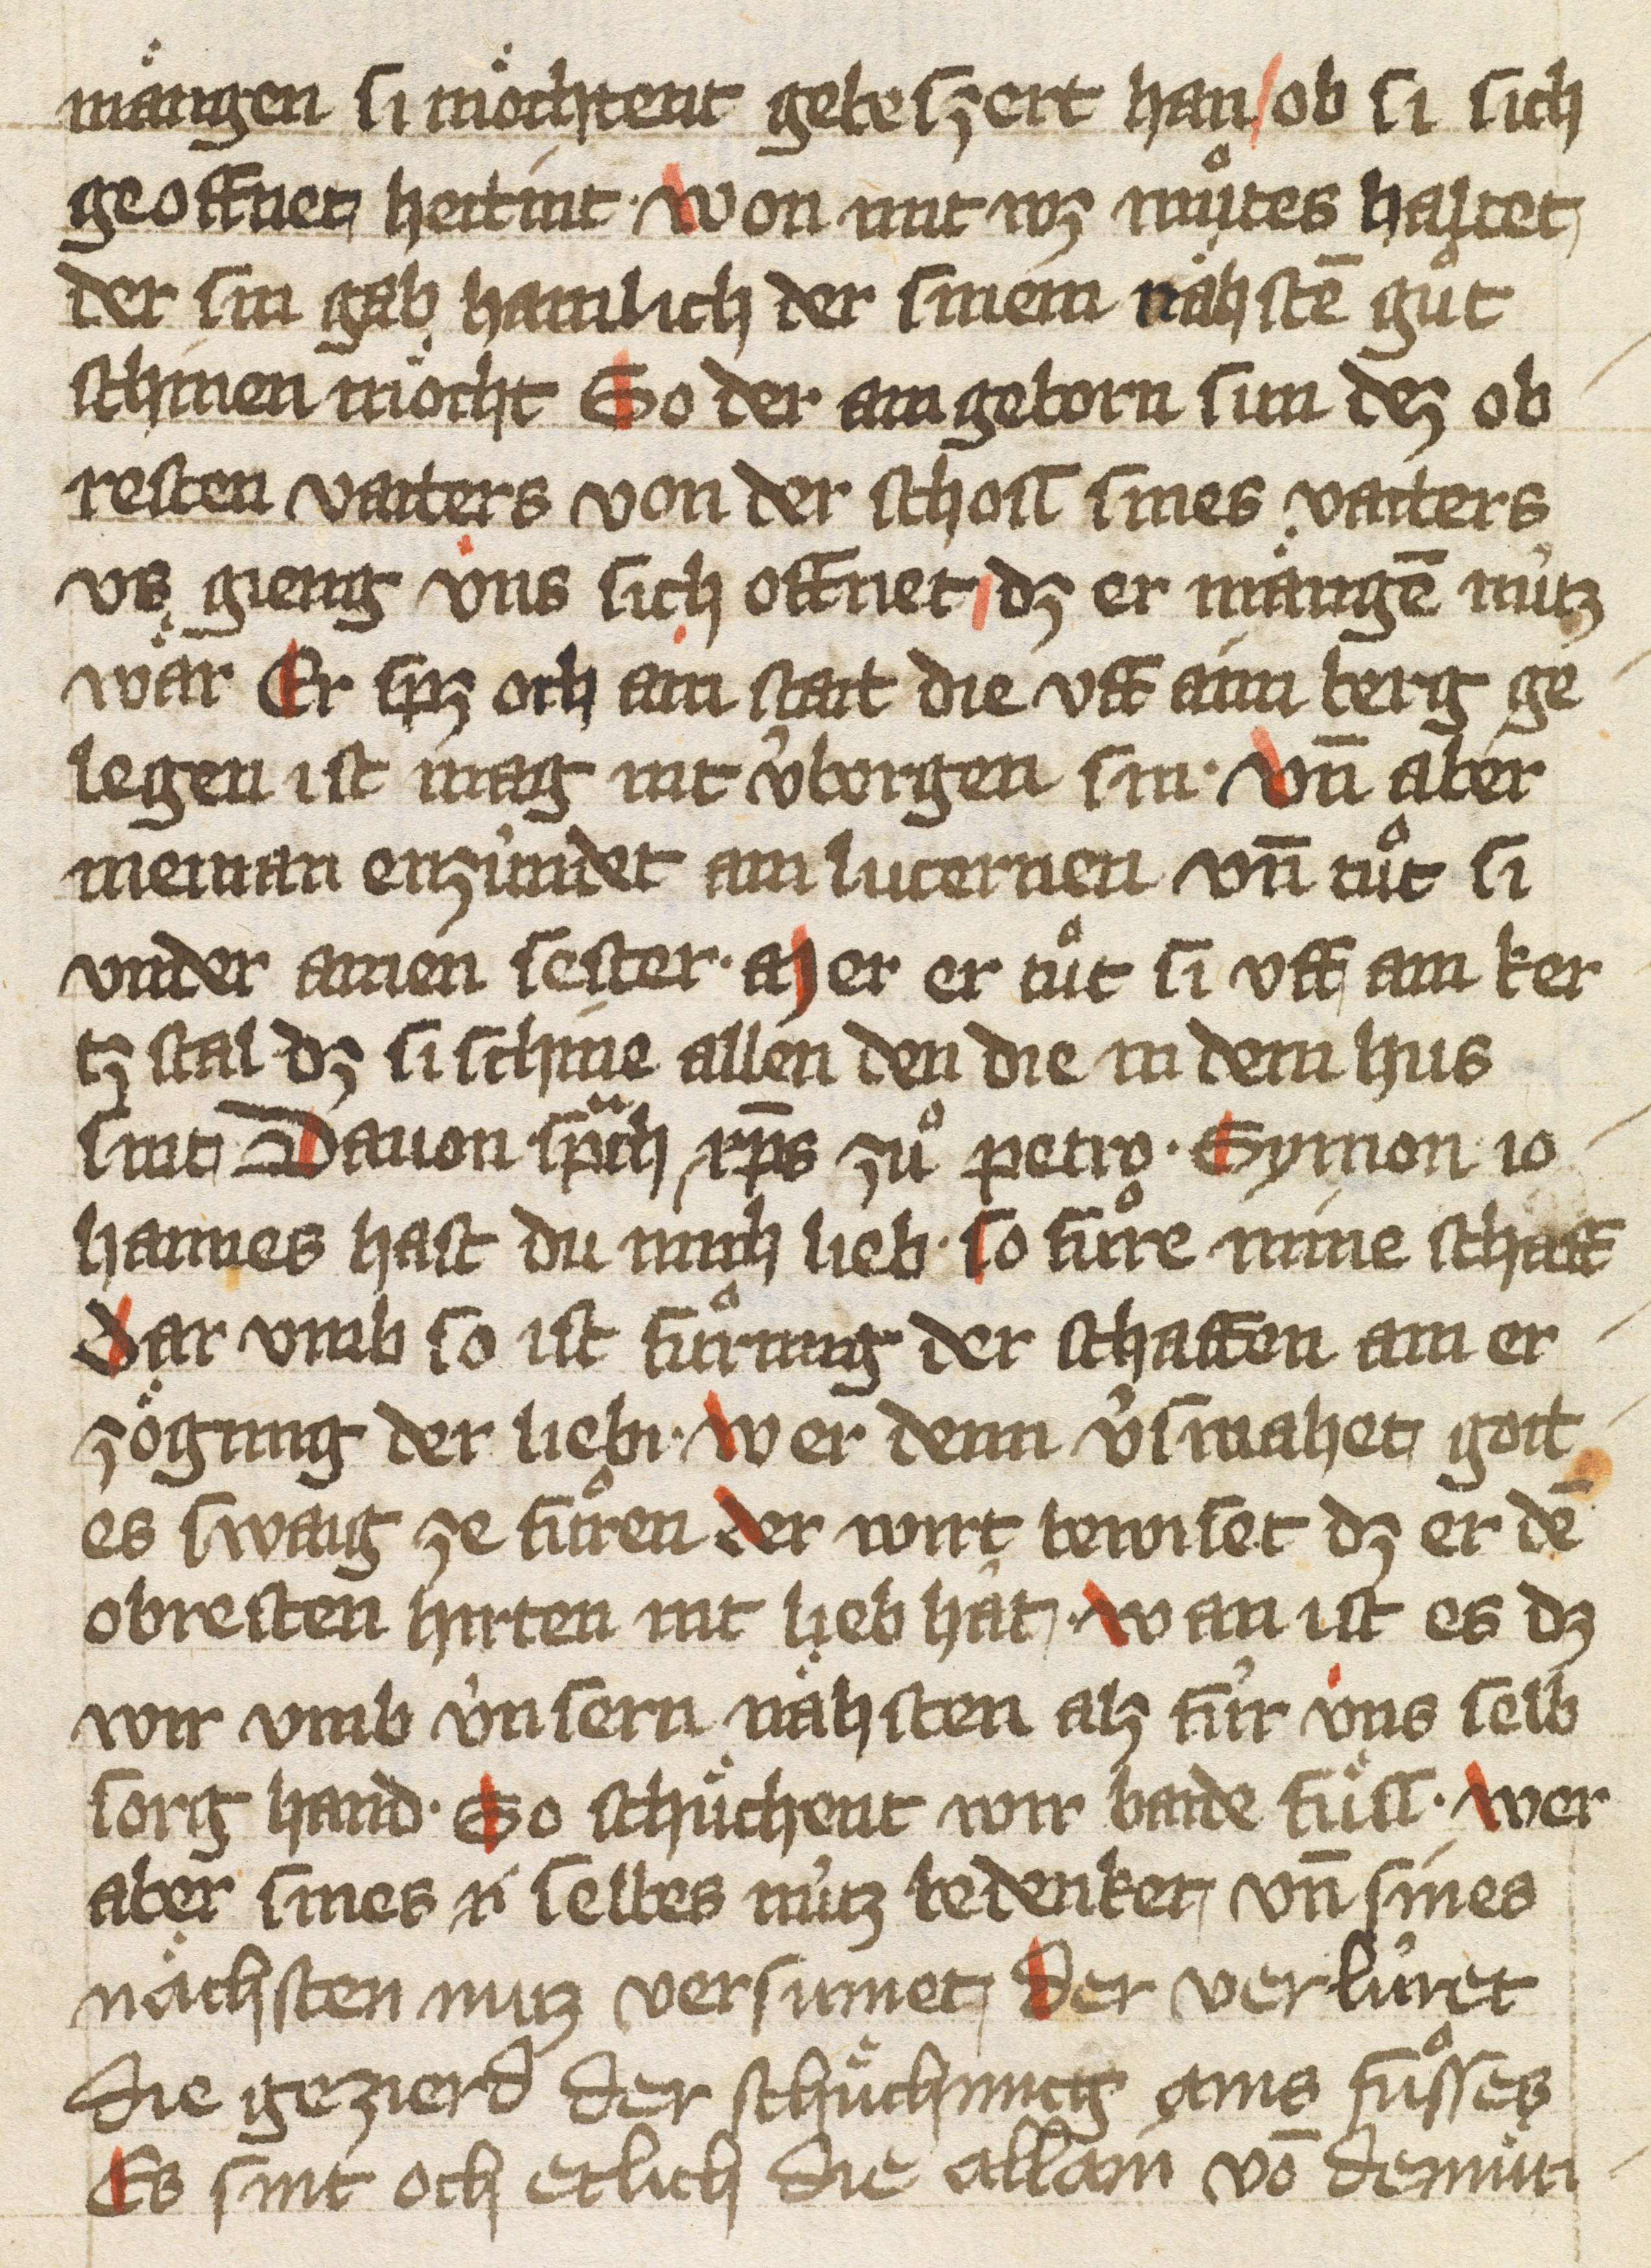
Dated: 1425–1425